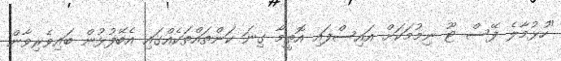
"ހުޅުމާލެ ފޭސް ޓޫ ނިމުމަކަށް އައިސްފައި އޮތީމާ ގިނަ ކަންތައްތަކެއްގައި އެބޭފުޅުން ބައިވެރިވާން